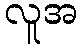
လူအ